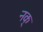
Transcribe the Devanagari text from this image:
नक्